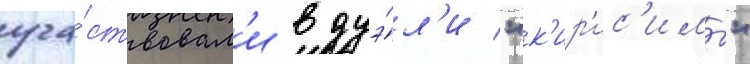
уча́ствовал'и в дуэ́л'и "к'ир'ис'имы"